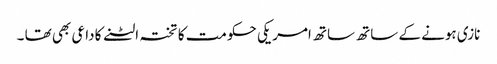
نازی ہونے کے ساتھ ساتھ امریکی حکومت کا تختہ الٹنے کا داعی بھی تھا ۔